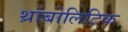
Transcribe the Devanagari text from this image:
थ्रांबोलिटिक